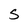
Character: S